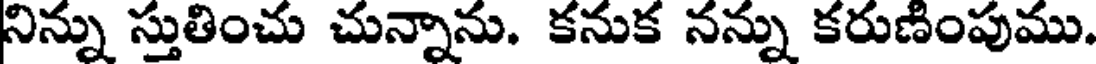
నిన్ను స్తుతించు చున్నాను. కనుక నన్ను కరుణింపుము.